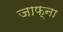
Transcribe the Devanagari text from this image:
जाफ्ना